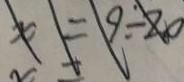
x = 9 \div 2 0